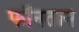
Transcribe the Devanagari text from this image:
फॉनतान